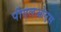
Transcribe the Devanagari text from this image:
पीएलओएस